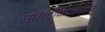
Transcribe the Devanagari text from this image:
झोळीवाल्यांच्या